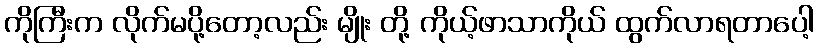
ကိုကြီးက လိုက်မပို့တော့လည်း မျိုး တို့ ကိုယ့်ဖာသာကိုယ် ထွက်လာရတာပေါ့